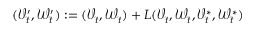
( \mathcal { V } _ { t } ^ { \prime } , \mathcal { W } _ { t } ^ { \prime } ) : = ( \mathcal { V } _ { t } , \mathcal { W } _ { t } ) + L ( \mathcal { V } _ { t } , \mathcal { W } _ { t } , \mathcal { V } _ { t } ^ { * } , \mathcal { W } _ { t } ^ { * } )